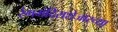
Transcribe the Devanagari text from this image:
रंगमंदिराशेजारच्या